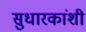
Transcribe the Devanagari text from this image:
सुधारकांशी